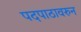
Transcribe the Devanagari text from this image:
पदपाठावरुन